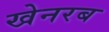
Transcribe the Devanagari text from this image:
खेनरब